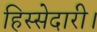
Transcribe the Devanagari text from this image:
हिस्सेदारी।